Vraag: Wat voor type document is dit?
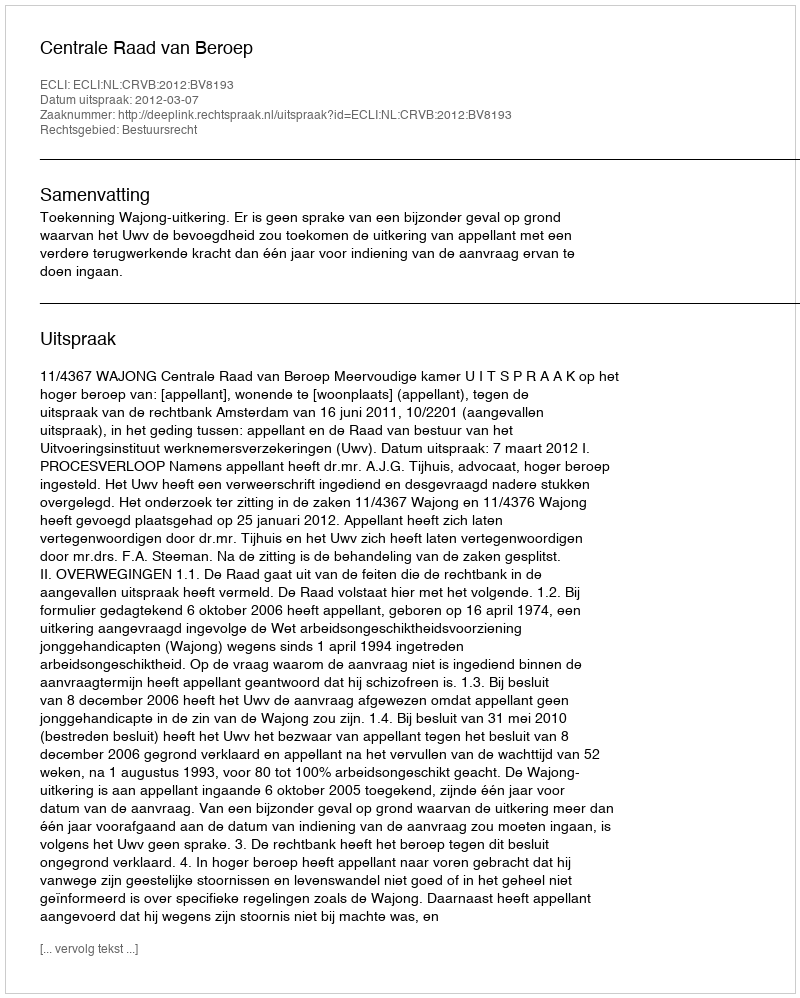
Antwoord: Uitspraak